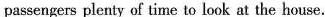
passengers plenty of time to look at the house.